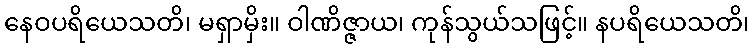
နေဝပရိယေသတိ၊ မရှာမှိး။ ဝါဏိဇ္ဇာယ၊ ကုန်သွယ်သဖြင့်။ နပရိယေသတိ၊